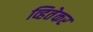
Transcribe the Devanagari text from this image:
व्हितेकर